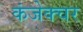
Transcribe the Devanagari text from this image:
कंजेक्चर